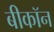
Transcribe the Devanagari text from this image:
बीकॉन